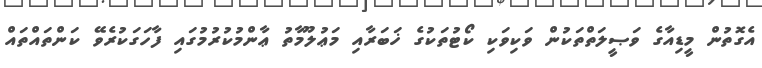
އެގޮތުން މީޑިއާގެ ވަޞީލަތްތަކުން ވަކިވަކި ކޯޓުތަކުގެ ޚަބަރާއި މަޢުލޫމާތު ޢާންމުކުރުމުގައި ފާހަގަކުރެވޭ ކަންތައްތައް